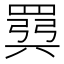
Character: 𫅈